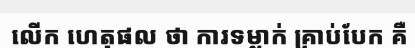
លើក ហេតុផល ថា ការទម្លាក់ គ្រាប់បែក គឺ